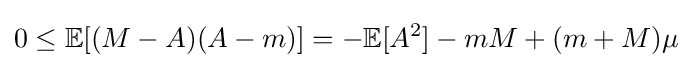
0\leq \mathbb {E} [(M-A)(A-m)]=-\mathbb {E} [A^{2}]-mM+(m+M)\mu